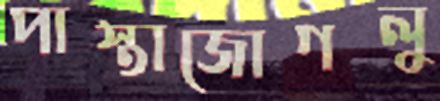
পাস্তাজোগলু